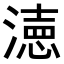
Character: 𭲓